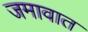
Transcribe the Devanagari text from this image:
जमावात